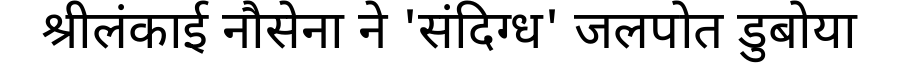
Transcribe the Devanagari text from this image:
श्रीलंकाई नौसेना ने 'संदिग्ध' जलपोत डुबोया